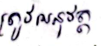
ត្រូវអនុវត្ត